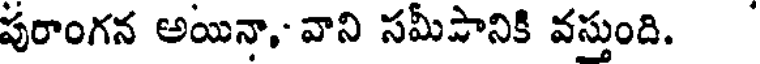
పురాంగన అయినా, వాని సమీపానికి వస్తుంది.